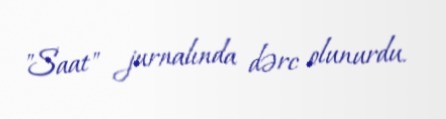
"Saat" jurnalında dərc olunurdu.